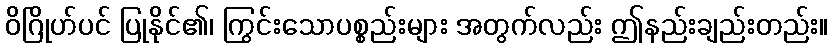
ဝိဂြိုဟ်ပင် ပြုနိုင်၏၊ ကြွင်းသောပစ္စည်းများ အတွက်လည်း ဤနည်းချည်းတည်း။